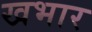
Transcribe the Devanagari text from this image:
खभार